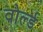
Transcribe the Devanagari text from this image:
वोर्ल्ड